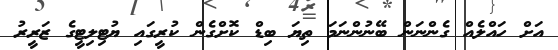
އަށް ހައްލެއް ގެންނަން ބޭނުންނަމަ ތިޔަ ބިޑް ކޮށްގެން ކުރީގައި ޔުޓިލިޓީގެ ޒަރީރު